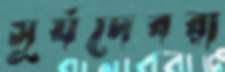
সূর্যদেবরা